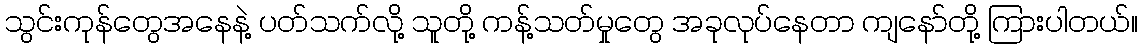
သွင်းကုန်တွေအနေနဲ့ ပတ်သက်လို့ သူတို့ ကန့်သတ်မှုတွေ အခုလုပ်နေတာ ကျနော်တို့ ကြားပါတယ်။